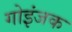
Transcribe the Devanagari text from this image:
गोइंजक